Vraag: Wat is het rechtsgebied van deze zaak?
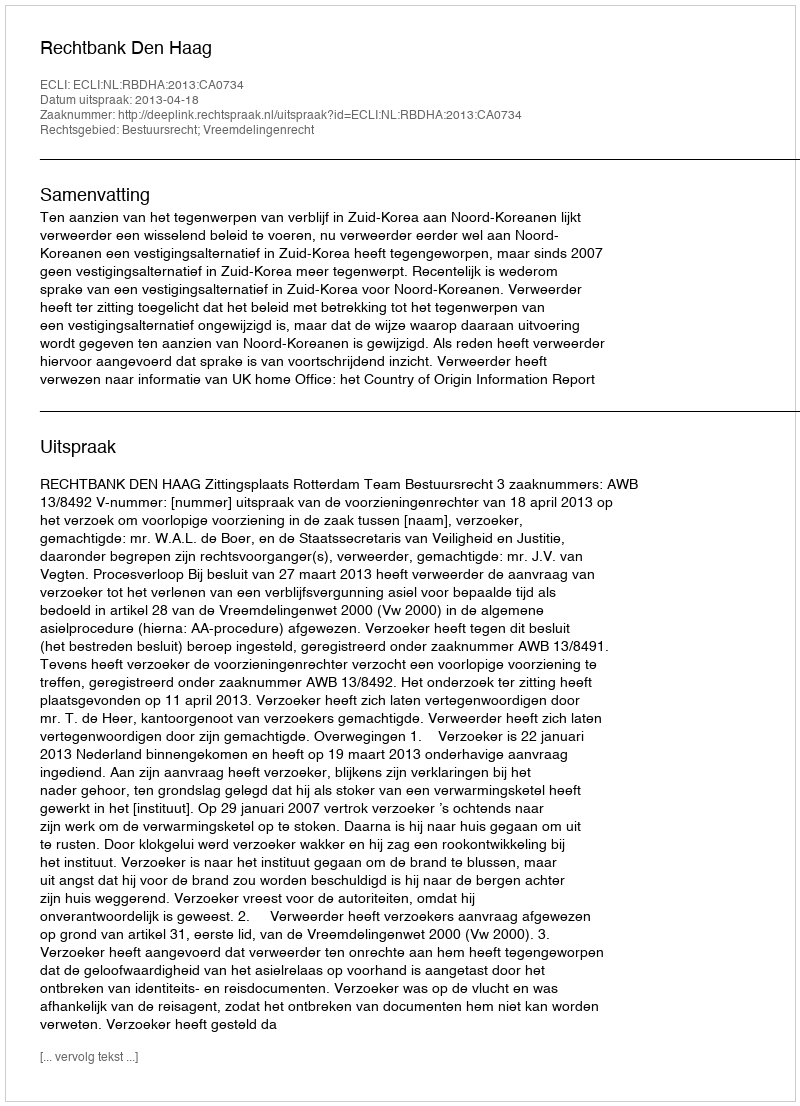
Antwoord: Bestuursrecht; Vreemdelingenrecht